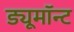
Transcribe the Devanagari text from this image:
ड्यूमॉन्ट